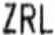
ZRL